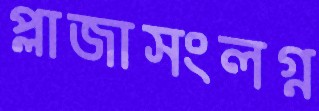
প্লাজাসংলগ্ন